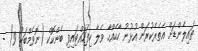
ތައިލެންޑަށް އެތެރެކުރަން އުޅުނު ހާހެއްހާ ވެލާ ހިފަހައްޓައިފި ބެންކޮކް (ނޮވެމްބަރު 9) -